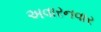
અવારનવાર